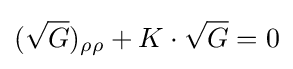
({\sqrt {G}})_{\rho \rho }+K\cdot {\sqrt {G}}=0